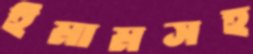
ইমামসহ